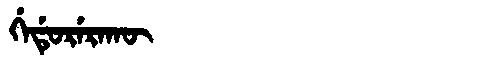
Manchu: ᡤᡝᡩᡠᡵᡝᡵᠠᡴᡡ
Romanization: GEDURERAKŪ